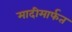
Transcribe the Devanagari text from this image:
मादीमार्फत